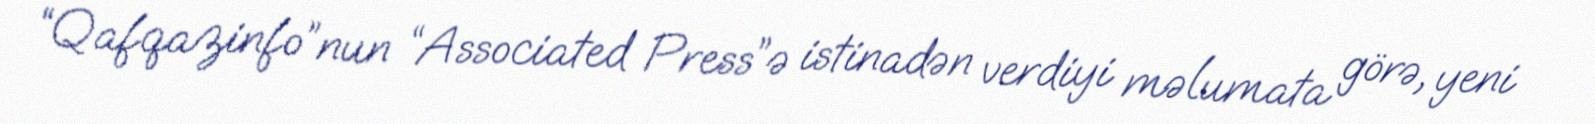
“Qafqazinfo”nun “Associated Press”ə istinadən verdiyi məlumata görə, yeni